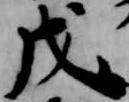
戊